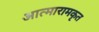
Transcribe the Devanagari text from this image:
आत्मारामकृत